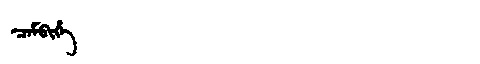
Manchu: ᠴᠠᠮᠪᡳᡥᡝ
Romanization: CAMBIHE